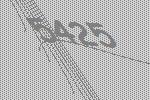
5425